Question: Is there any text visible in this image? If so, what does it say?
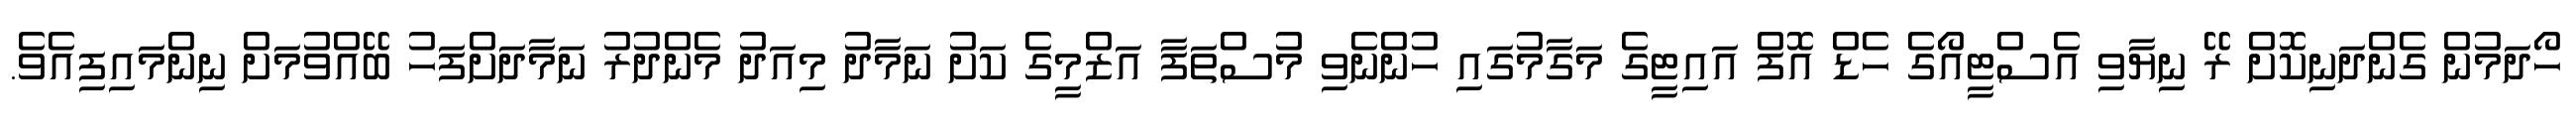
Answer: ހޯދަމުން ގެންދަނިކޮށް ރޭ ނިޔާވި އެސްޓީއޯގެ ހެޑް އޮފް އައިޓީގެ މަގާމުގައި ހުންނެވި މުސްތަފާ އަޒްމީގެ ކަށު ނަމާދު މިއަދު މެންދުރު ނަމާދަށްފަހު ބޭއްވުމަށް ނިންމައިފިއެވެ.